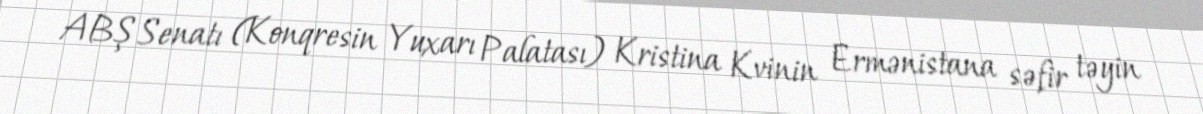
ABŞ Senatı (Konqresin Yuxarı Palatası) Kristina Kvinin Ermənistana səfir təyin